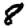
Digit: 8